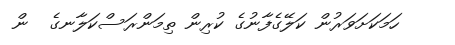
ހަމަކަށަވަރުން ކަލޭގެފާނުގެ ކުރިން ތިމަންރަސްކަލާނގެ  ން